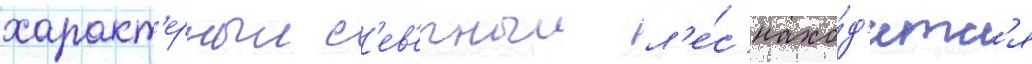
характ'ерныи с'ев'ерныи л'е́с нахо́д'итс'я